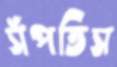
সঁপতিস